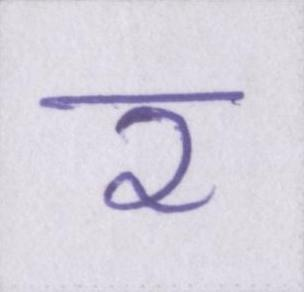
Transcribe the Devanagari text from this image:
र